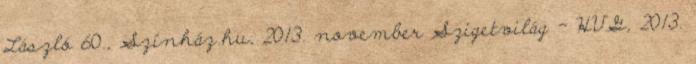
László 60., Színház.hu, 2013. november Szigetvilág - HVG, 2013.